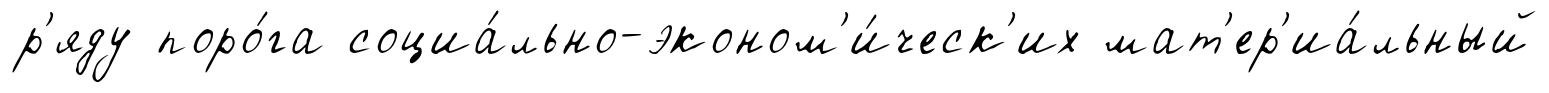
р'яду поро́га социа́льно-эконом'и́ческ'их мат'ер'иа́льный